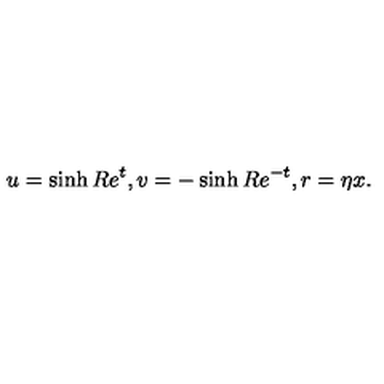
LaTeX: u = \sinh R e ^ { t } , v = - \sinh R e ^ { - t } , r = \eta x .